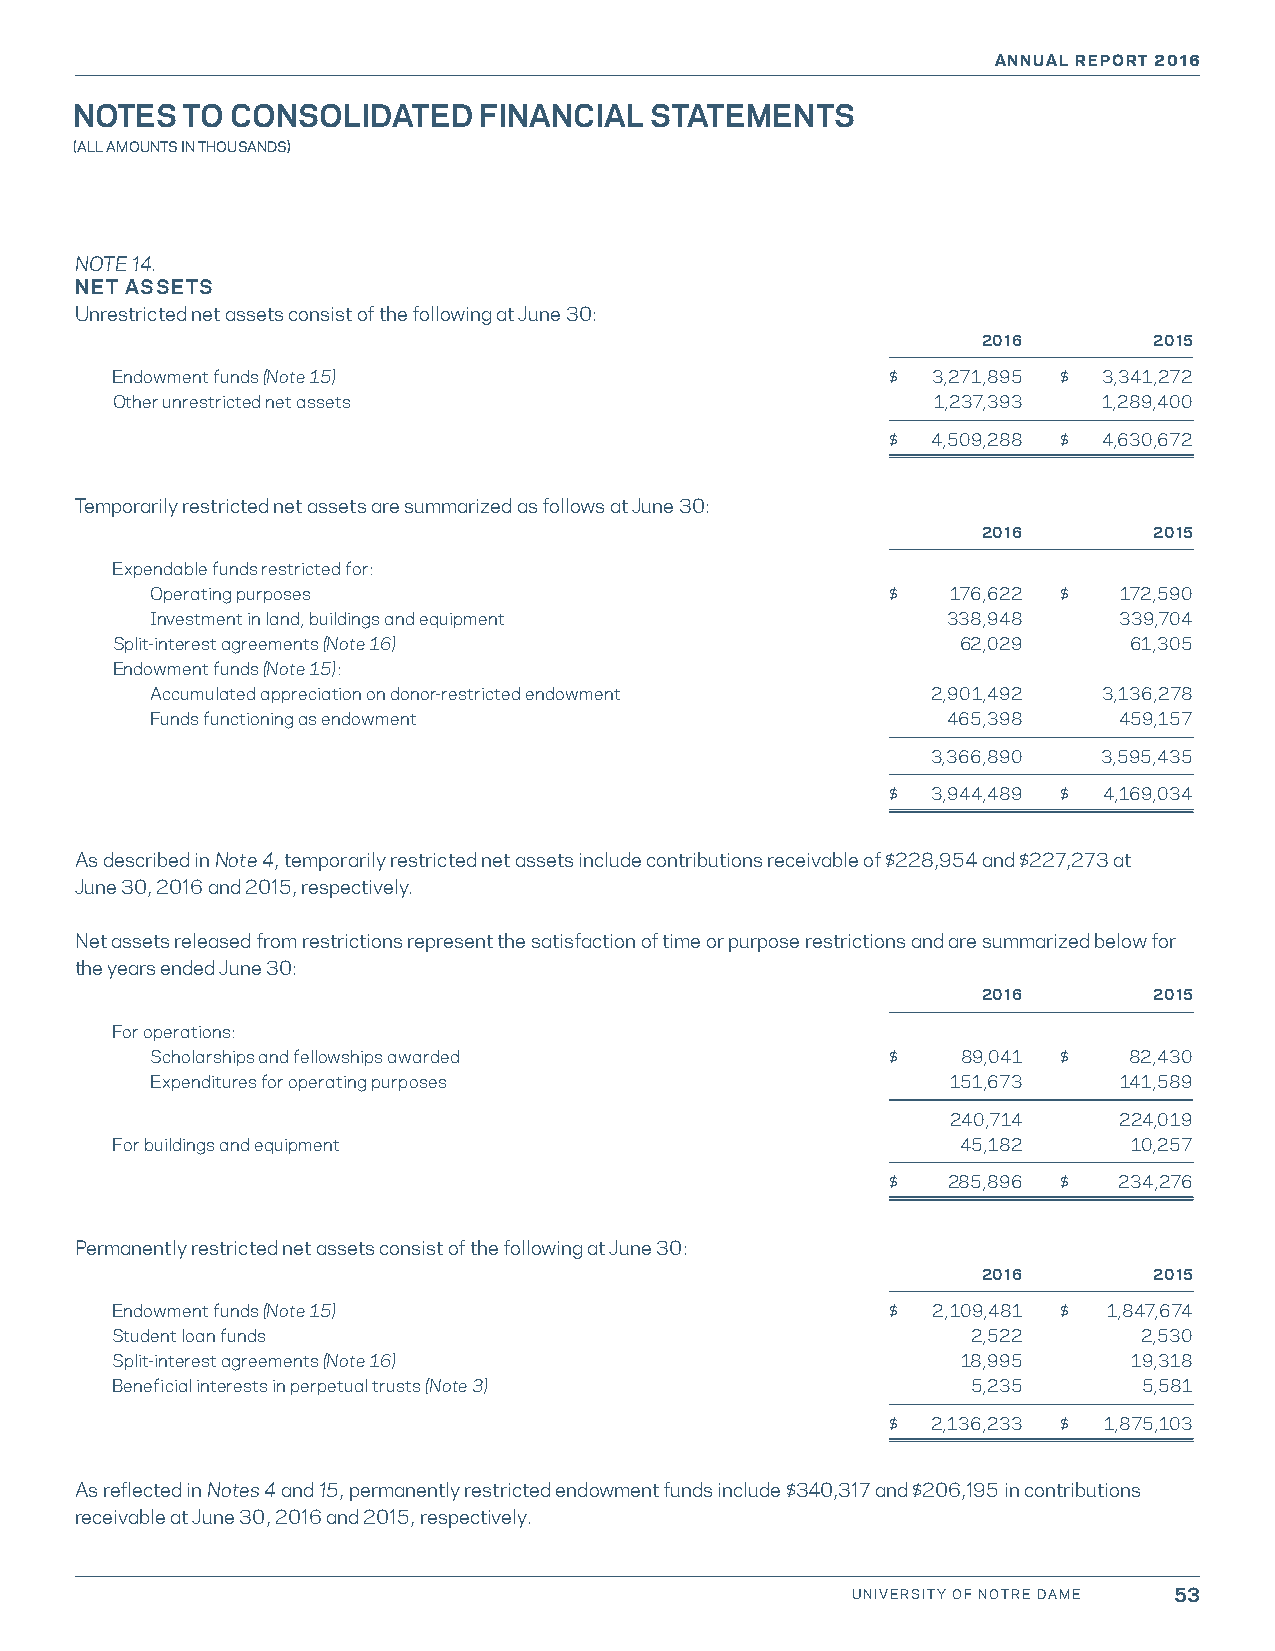
ANNUAL REPORT 2016
 NOTES  TO CONSOLIDATED     FINANCIAL  STATEMENTS
 (ALL AMOUNTS IN THOUSANDS)
 NOTE 14.
 NET ASSETS
 Unrestricted net assets consist of the following at June 30:
 2016       2015
 Endowment funds (Note 15)                           $  3,271,895 $ 3,341,272
 Other unrestricted net assets                          1,237,393  1,289,400
 $  4,509,288 $ 4,630,672
 Temporarily restricted net assets are summarized as follows at June 30:
 2016       2015
 Expendable funds restricted for:
 Operating purposes                               $   176,622 $  172,590
 Investment in land, buildings and equipment          338,948    339,704
 Split-interest agreements (Note 16)                      62,029     61,305
 Endowment funds (Note 15):
 Accumulated appreciation on donor-restricted endowment 2,901,492 3,136,278
 Funds functioning as endowment                       465,398    459,157
 3,366,890  3,595,435
 $  3,944,489 $ 4,169,034
 As described in Note 4, temporarily restricted net assets include contributions receivable of $228,954 and $227,273 at
 June 30, 2016 and 2015, respectively.
 Net assets released from restrictions represent the satisfaction of time or purpose restrictions and are summarized below for
 the years ended June 30:
 2016       2015
 For operations:
 Scholarships and fellowships awarded             $    89,041 $   82,430
 Expenditures for operating purposes                  151,673    141,589
 240,714    224,019
 For buildings and equipment                              45,182     10,257
 $   285,896 $  234,276
 Permanently restricted net assets consist of the following at June 30:
 2016       2015
 Endowment funds (Note 15)                           $  2,109,481 $ 1,847,674
 Student loan funds                                       2,522       2,530
 Split-interest agreements (Note 16)                      18,995     19,318
 Beneficial interests in perpetual trusts (Note 3)        5,235       5,581
 $  2,136,233 $ 1,875,103
 As reflected in Notes 4 and 15, permanently restricted endowment funds include $340,317 and $206,195 in contributions
 receivable at June 30, 2016 and 2015, respectively.
 UNIVERSITY OF NOTRE DAME 53